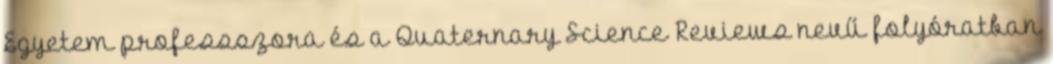
Egyetem professszora és a Quaternary Science Reviews nevű folyóratban